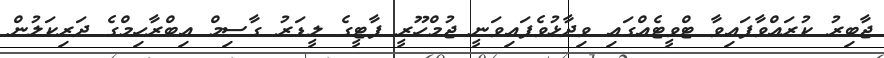
ޖާބިރު ކުރައްވާފައިވާ ޓްވީޓެއްގައި ވިދާޅުވެފައިވަނީ ޖުމްހޫރީ ޕާޓީގެ ލީޑަރު ގާސިމް އިބްރާހިމްގެ ދަރިކަލުން